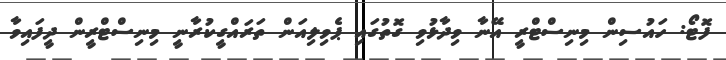
ފޮޓޯ: ހައުސިން މިނިސްޓްރީ އޭނާ ވިދާޅުވި ގޮތުގައި ޕެވިލިއަން ތަރައްގީކުރާނީ މިނިސްޓްރީން ދީފައިވާ